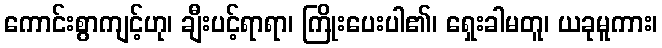
ကောင်းစွာကျင့်ဟု၊ ချီးပင့်ရာရာ၊ ကြိုးပေးပါ၏၊ ရှေးခါမတူ၊ ယခုမူကား၊